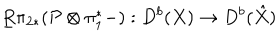
\underline { { { R } } } \pi _ { 2 * } ( { \cal P } \otimes \pi _ { 1 } ^ { * } - ) : D ^ { b } ( X ) \rightarrow D ^ { b } ( \hat { X } )